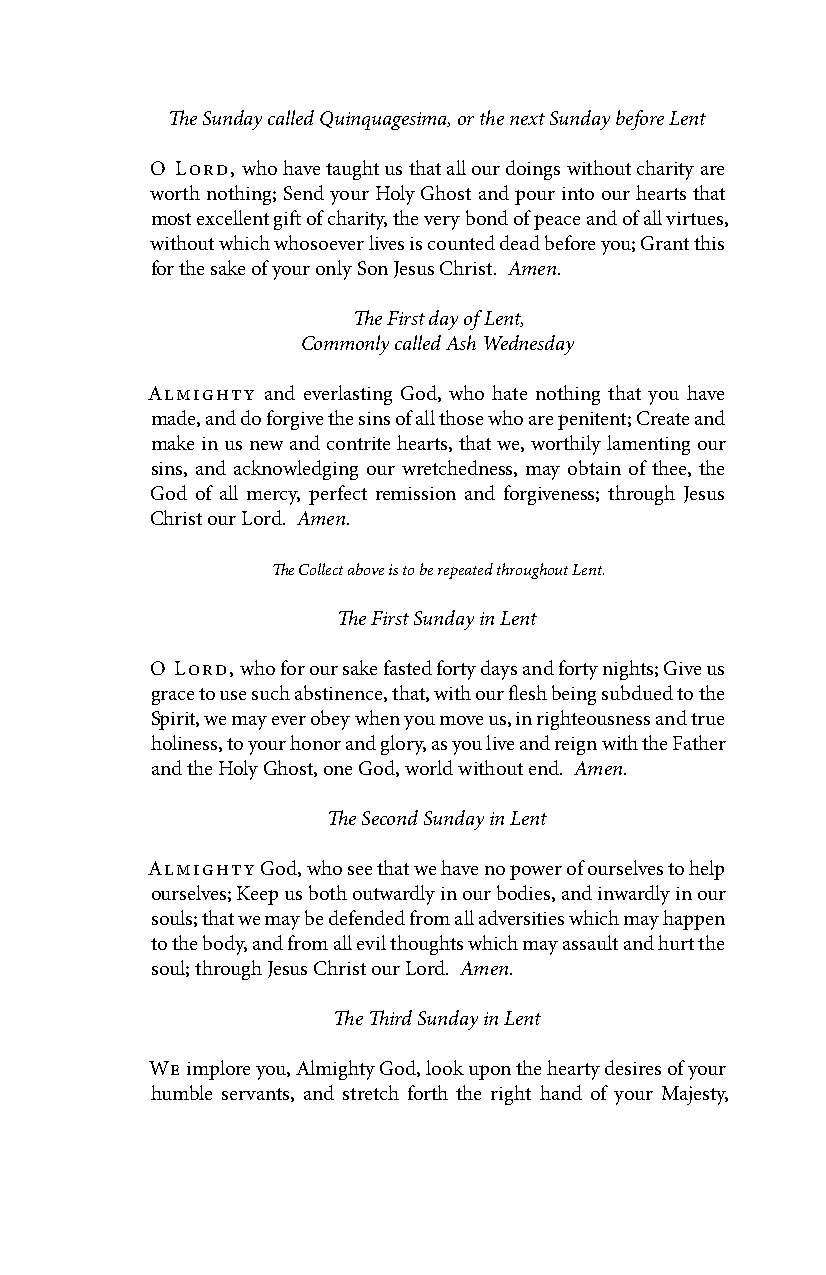
The Sunday called Quinquagesima, or the next Sunday before Lent
 O Lord, who have taught us that all our doings without charity are
 worth nothing; Send your Holy Ghost and pour into our hearts that
 most excellent gift of charity, the very bond of peace and of all virtues,
 without which whosoever lives is counted dead before you; Grant this
 for the sake of your only Son Jesus Christ. Amen.
 The First day of Lent,
 Commonly called Ash Wednesday
 Almighty and everlasting God, who hate nothing that you have
 made, and do forgive the sins of all those who are penitent; Create and
 make in us new and contrite hearts, that we, worthily lamenting our
 sins, and acknowledging our wretchedness, may obtain of thee, the
 God of all mercy, perfect remission and forgiveness; through Jesus
 Christ our Lord. Amen.
 The Collect above is to be repeated throughout Lent.
 The First Sunday in Lent
 O Lord, who for our sake fasted forty days and forty nights; Give us
 grace to use such abstinence, that, with our flesh being subdued to the
 Spirit, we may ever obey when you move us, in righteousness and true
 holiness, to your honor and glory, as you live and reign with the Father
 and the Holy Ghost, one God, world without end. Amen.
 The Second Sunday in Lent
 Almighty God, who see that we have no power of ourselves to help
 ourselves; Keep us both outwardly in our bodies, and inwardly in our
 souls; that we may be defended from all adversities which may happen
 to the body, and from all evil thoughts which may assault and hurt the
 soul; through Jesus Christ our Lord. Amen.
 The Third Sunday in Lent
 We implore you, Almighty God, look upon the hearty desires of your
 humble servants, and stretch forth the right hand of your Majesty,